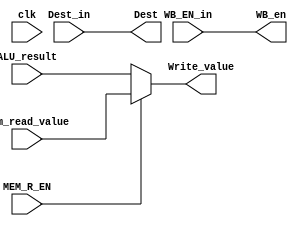
module WB_Stage(
    input clk,

    input WB_EN_in,
    input MEM_R_EN,
    input [31:0] ALU_result,
    input [31:0] Mem_read_value,
    input [4:0] Dest_in,
    
    output WB_en,
    output [31:0] Write_value,
    output [4:0] Dest
);
    assign Write_value = (MEM_R_EN) ? Mem_read_value : ALU_result; 
    assign Dest = Dest_in;
    assign WB_en = WB_EN_in;
endmodule